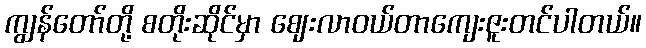
ကျွန်တော်တို့ စတိုးဆိုင်မှာ ဈေးလာဝယ်တာကျေးဇူးတင်ပါတယ်။